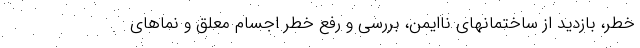
خطر، بازدید از ساختمانهای ناایمن، بررسی و رفع خطر اجسام معلق و نماهای